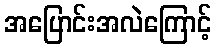
အပြောင်းအလဲကြောင့်